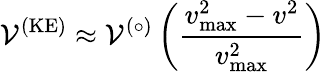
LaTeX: \mathcal{V}^{(\textrm{KE})}\approx\mathcal{V}^{(\circ)}\left(\frac{v_{\textrm{max}}^{2}-v^{2}}{v_{\textrm{max}}^{2}}\right)